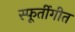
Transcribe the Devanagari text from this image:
स्फूर्तीगीत